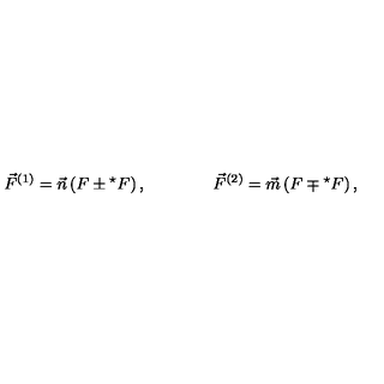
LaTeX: \vec { F } ^ { ( 1 ) } = \vec { n } \left( F \pm { } ^ { \star } F \right) , \qquad \qquad \vec { F } ^ { ( 2 ) } = \vec { m } \left( F \mp { } ^ { \star } F \right) ,